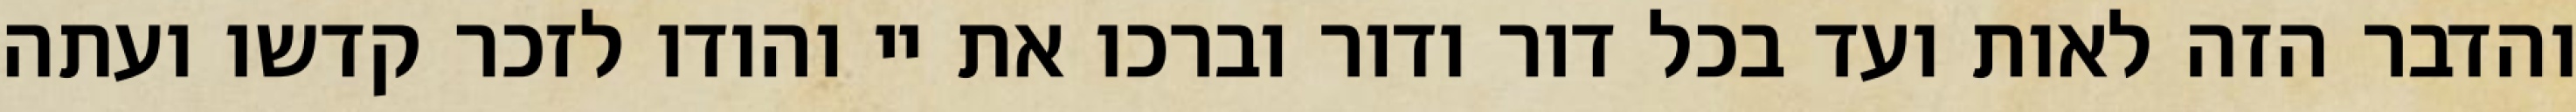
והדבר הזה לאות ועד בכל דור ודור וברכו את יי והודו לזכר קדשו ועתה